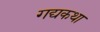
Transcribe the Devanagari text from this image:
गद्यकथा